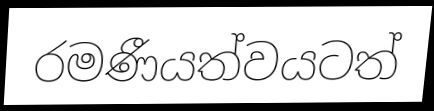
රමණීයත්වයටත්